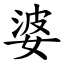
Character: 婆